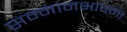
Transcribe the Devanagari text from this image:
सम्मानभावना